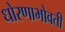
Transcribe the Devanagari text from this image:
धोरणाभोवती